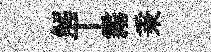
解丅霧秉